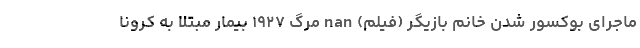
ماجرای بوکسور شدن خانم بازیگر (فیلم) nan مرگ ۱۹۲۷ بیمار مبتلا به کرونا